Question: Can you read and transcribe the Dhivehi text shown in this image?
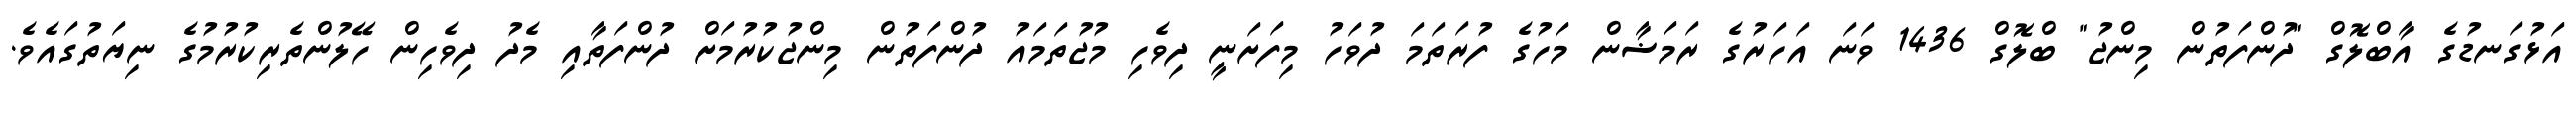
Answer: އަޅުގަނޑުގެ އާބްލޮގް "ދުންފަތުން މިންޖު" ބްލޮގް 1436 ވަނަ އަހަރުގެ ރަމަޟާން މަހުގެ ފުރަތަމަ ދުވަހު މިފަށަނީ ދިވެހި މުޖުތަމައު ދުންފަތުން މިންޖުކުރުމަށް ދުންފަތާއި މެދު ދިވެހިން ހޭލުންތެރިކުރުމުގެ ނިޔަތުގައެވެ.